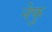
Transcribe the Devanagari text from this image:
नेफु